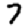
Digit: 7